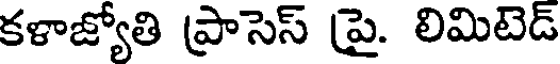
కళాజ్యోతి ప్రాసెస్ పై. లిమిటెడ్